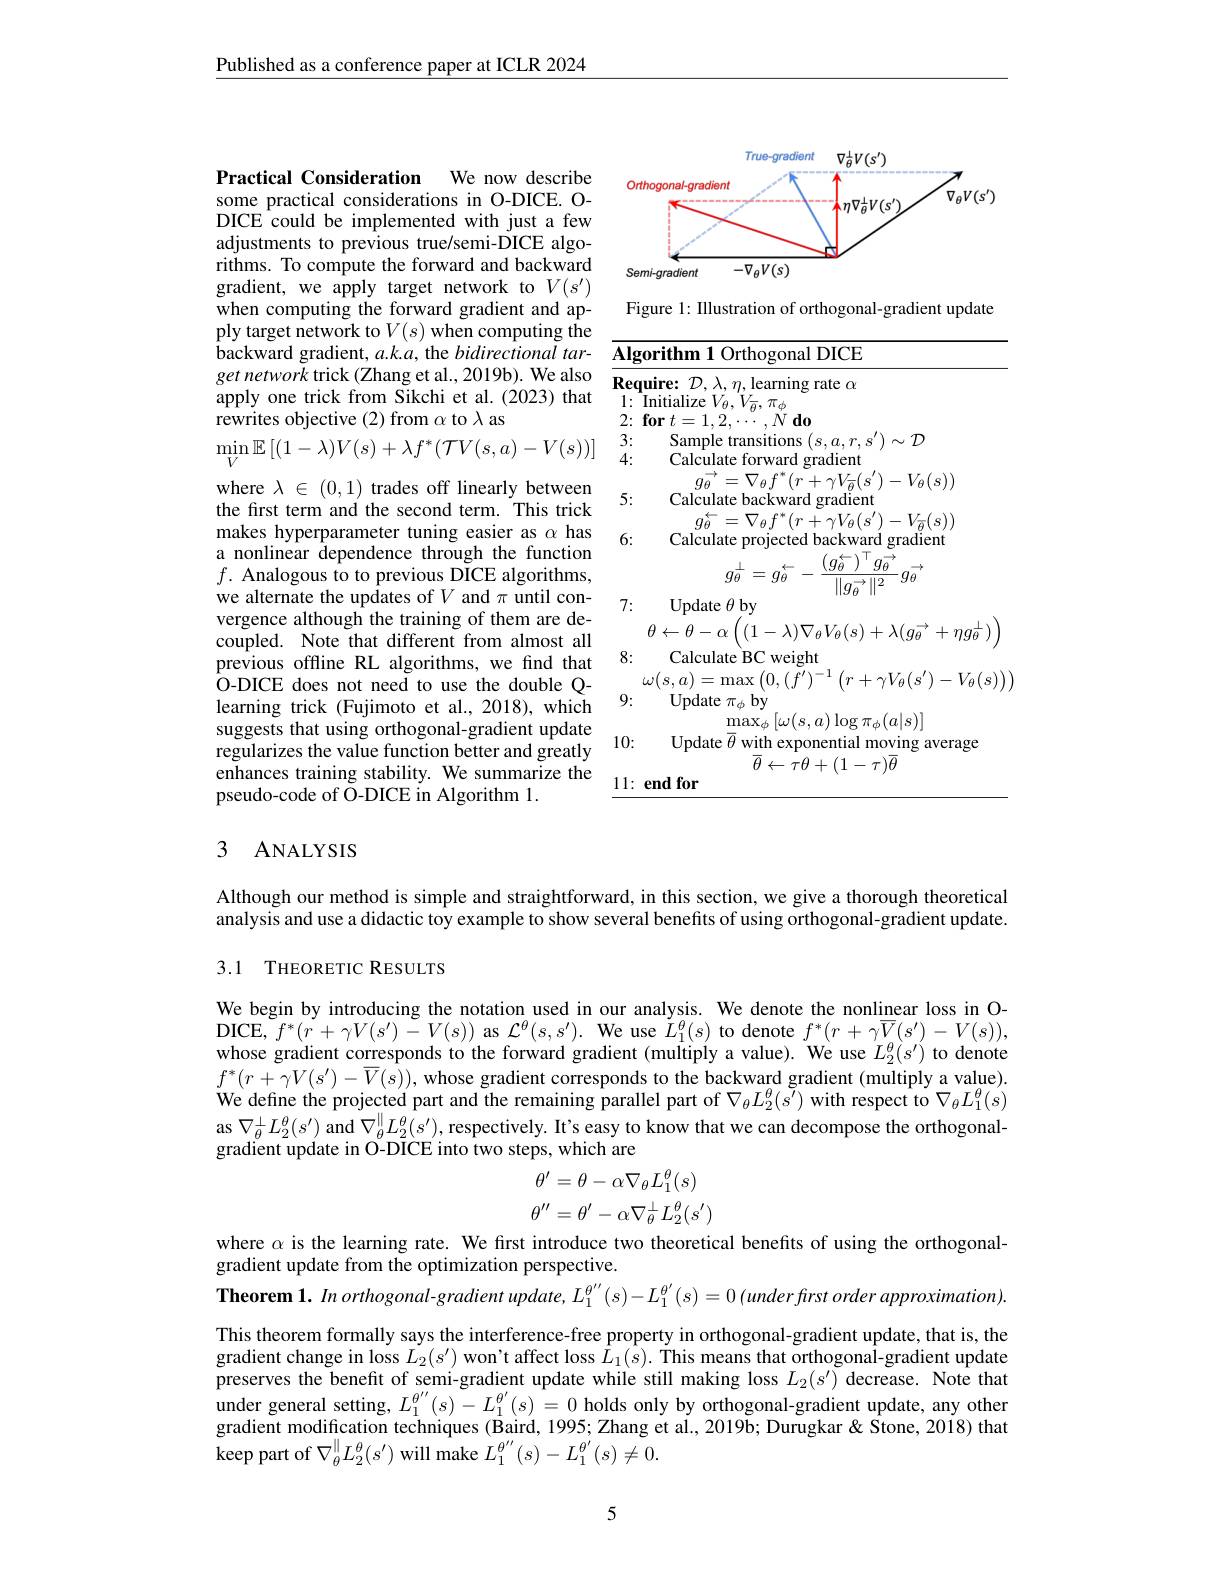
Published as a conference paper at ICLR 2024

Practical Consideration We now describe some practical considerations in O-DICE. O-

<FigureHere>

DICE could be implemented with just a few adjustments to previous true/semi-DICE algorithms. To compute the forward and backward gradient, we apply target network to $V(s^{\prime})$ when computing the forward gradient and apply target network to $V(s)$ when computing the backward gradient, $a.k.a$, the bidirectional tar- Algorithm 1 Orthogonal DICE $\begin{array}{lll}get\:network\:trick\:(\text{Zhang et al.,2019b).We also}&\frac{5}{\textbf{Require: }\mathcal{D},\lambda,\eta,\text{learning rate }\alpha}\\\text{apply one trick from Sikchi et al. (2023) that}&1:\text{Initialize }V_{\theta},V_{\theta},\pi_{\phi}\\\text{rewrites objective (2)from }\alpha\mathrm{~to~}\lambda\mathrm{~as}&2:\textbf{for }t=1,2,\cdots,N\textbf{ do}\end{array}$ $\operatorname* { min} _V\mathbb{E} \left [ ( 1- \lambda ) V( s) + \lambda f^* ( \mathcal{T} V( s, a) - V( s) ) \right ]$ $\begin{array} { c c } 3: \\ 4: \end{array}$

Figure 1: Illustration of orthogonal-gradient update

3:
$\begin{array}{l}{\mathrm{Sample~transitions~}(s,a,r,s^{\prime})\sim\mathcal{D}}\\{\mathrm{Calculate~forward~gradient}}\end{array}$
$g_{\theta}^{\rightarrow}=\nabla_{\theta}f^{\ast}(r+\gamma V_{\overline{\theta}}(s^{\prime})-V_{\theta}(s))$
5:
Calculate backward gradient
$g_{\theta}^{\leftarrow}=\nabla_{\theta}f^{\ast}(r+\gamma V_{\theta}(s^{\prime})-V_{\overline{\theta}}(s))$
6:
Calculate projected backward gradient
$$g_{\theta}^{\perp}=g_{\theta}^{\leftarrow}-\frac{(g_{\theta}^{\leftarrow})^{\top}g_{\theta}^{\rightarrow}}{\|g_{\theta}^{\rightarrow}\|^{2}}g_{\theta}^{\rightarrow}$$
7:
Update $\theta$ by

where $\lambda\in(0,1)$ trades off linearly between the first term and the second term. This trick makes hyperparameter tuning easier as $\alpha$ has a nonlinear dependence through the function $f.$ Analogous to to previous DICE algorithms, we alternate the updates of $V$ and $\pi$ until convergence although the training of them are decoupled. Note that different from almost all previous offline RL algorithms, we find that $\begin{array}{lll}{\text{plevious oninte NL agoritins, we inu uat}}&{\omega(s,a)=\max\left(0,\left(f^{\prime}\right)^{-1}\left(r+\gamma V_{\theta}(s^{\prime})-V_{\theta}(s)\right)\right)}\\{\text{O-DICE does not need to use the double Q-}}&{9:}&{\mathrm{Update~}\pi_{\phi}\mathbf{by}}\\{\text{learning trick (Fujimoto et al., 2018), which}}&{\mathrm{max}_{\mathrm{max}}\left[\omega(e_{}\right]}\end{array}$
suggests that using orthogonal-gradient update regularizes the value function better and greatly enhances training stability. We summarize the pseudo-code of O-DICE in Algorithm 1.

$\theta\leftarrow\theta-\alpha\left((1-\lambda)\nabla_{\theta}V_{\theta}(s)+\lambda(g_{\theta}^{\rightarrow}+\eta g_{\theta}^{\perp})\right)$
8:
Calculate BC weight
$\operatorname*{max}_{\overline{o}}[\omega(s,a)\log\pi_{\phi}(a|s)]$
10:
Update $\overline{\theta}$ with exponential moving average
$\bar{\theta}\leftarrow\tilde{\tau}\theta+(1-\tau)\overline{\theta}$
11: end for

### 3 ANALYSIS

Although our method is simple and straightforward, in this section, we give a thorough theoretical analysis and use a didactic toy example to show several benefits of using orthogonal-gradient update.

## 3.1 THEORETIC RESULTS

We begin by introducing the notation used in our analysis. We denote the nonlinear loss in ODICE, $f^{* }( r+ \gamma V( s^{\prime }) - V( s) )$ as $\mathcal{L}^{\theta}(s,s^{\prime}).$ We use $\tilde{L}_{1}^{\theta}(s)$ to denote $f^{*}(r+\gamma\overline{V}(s^{\prime})-V(s))$, whose gradient corresponds to the forward gradient (multiply a value). We use $L_2^\theta(s^{\prime})$ to denote $f^{*}(r+\gamma V(s^{\prime})-\overline{V}(s))$,whose gradient corresponds to the backward gradient (multiply a value). We define the projected part and the remaining parallel part of $\nabla_\theta L_2^\theta(\tilde{s^{\prime}})$ with respect to $\nabla_\theta L_1^\theta(s)$ as $\nabla_\theta^\perp L_2^\theta(s^\prime)$ and $\nabla_\theta^\parallel L_2^\theta(s^\prime)$, respectively. It's easy to know that we can decompose the orthogonalgradient update in O-DICE into two steps, which are
$$\theta'=\theta-\alpha\nabla_{\theta}L_{1}^{\theta}(s)\\\theta''=\theta'-\alpha\nabla_{\theta}^{\perp}L_{2}^{\theta}(s')\\$$
where $\alpha$ is the learning rate. We first introduce two theoretical benefits of using the orthogonal-
gradient update from the optimization perspective.
Theorem $1.Inorthogonal$-gradient update, $L_1^{\theta^{\prime\prime}}(s)-L_1^{\theta^{\prime}}(s)=0\left(underfirstorderapproximation\right).$

This theorem formally says the interference-free property in orthogonal-gradient update, that is, the gradient change in loss $L_2(s^{\prime})$ won't affect loss $\hat{L}_1(s).$ This means that orthogonal-gradient update preserves the benefit of semi-gradient update while still making loss $L_2(s^{\prime})$ decrease. Note that under general setting, $L_1^{\theta^{\prime\prime}}(s)-L_1^{\theta^{\prime}}(s)=0$ holds only by orthogonal-gradient update, any other gradient modification techniques (Baird, 1995; Zhang et al., 2019b; Durugkar& Stone, 2018) that ${\mathrm{keep~part~of~}\nabla_{\theta}^{\parallel}L_{2}^{\theta}(s^{\prime}){\mathrm{~will~make~}}{L_{1}^{\theta^{\prime\prime}}(s)-L_{1}^{\theta^{\prime}}(s)\neq0.}}$

5